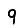
Digit: 9